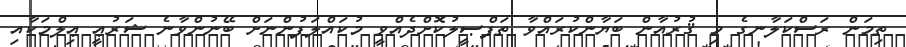
ތިމަން ރަސްކަލާނގެ މި ޤުރުއާން ބަޔާންކުރައްވާ ތަފްޞީލުކޮށްދެއްވީ މުކައްލަފުންނަށް ބޭނުންވާނެ ޝަރުޢީ ޢިލްމަކާއި